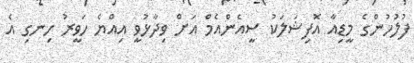
ފުލުހުންގެ މީޑިއާ އޮފިޝަލަކު ސީއެންއެމް އަށް ވިދާޅުވީ އިއްޔެ ހަވީރު ހިނގި އެ